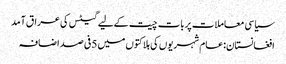
سیاسی معاملات پربات چیت کےلیے گیٹس کی عراق آمد
افغانستان:عام شہریوں کی ہلاکتوں میں 5فی صد اضافہ